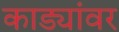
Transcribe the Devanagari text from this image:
काड्यांवर